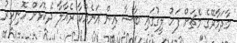
މާދަމާރޭގެ މެޗަށް ފަހު ލީގުގައި ބާސާ އިން އަނެއްކާ ރެއާލާ ދެކޮޅަށް ހޮނިހިރު